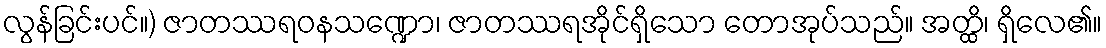
လွန်ခြင်းပင်။) ဇာတဿရဝနသဏ္ဍော၊ ဇာတဿရအိုင်ရှိသော တောအုပ်သည်။ အတ္ထိ၊ ရှိလေ၏။